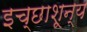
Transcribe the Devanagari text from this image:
इच्छाशून्य